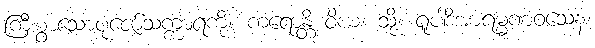
ကြီးစွာသောပုဇော်သက္ကာရကို။ ကရောန္တိ ဝိယ၊ သို့။ ရူပါဒိအာရမ္မဏဝသေန၊